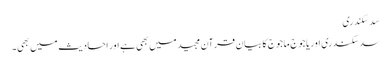
سَد سَکندری
سد سکندری اوریاجوج ماجوج کا بیان قرآن مجید میں بھی ہے اور احادیث میں بھی۔